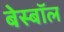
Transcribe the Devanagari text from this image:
बेस्बॉल